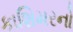
કાશિમરનો